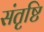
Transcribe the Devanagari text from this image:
संतृष्टि